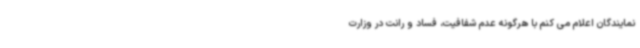
نمایندگان اعلام می کنم با هرگونه عدم شفافیت، فساد و رانت در وزارت